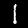
Label: 1